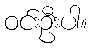
ဝင်းဦးပါ။